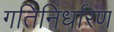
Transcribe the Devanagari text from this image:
गतिनिर्धारण